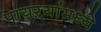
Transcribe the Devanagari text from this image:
पायऱ्यांमध्ये